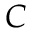
C _ { }